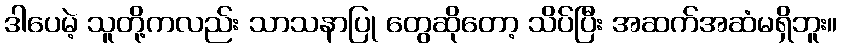
ဒါပေမဲ့ သူတို့ကလည်း သာသနာပြု တွေဆိုတော့ သိပ်ပြီး အဆက်အဆံမရှိဘူး။